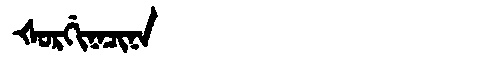
Manchu: ᡧᠣᡵᡤᡳᠨᠠᠴᡳᠨᠠ
Romanization: ŠORGINACINA